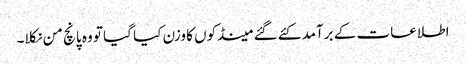
اطلاعات کے برآمد کئے گئے مینڈکوں کا وزن کیا گیا تو وہ پانچ من نکلا۔